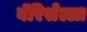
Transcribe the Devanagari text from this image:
वॅरिसेल्ला